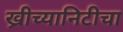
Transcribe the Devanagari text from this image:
ख्रीच्यानिटीचा